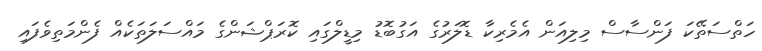
ހަތްސަތޭކަ ފަންސާސް މިލިއަން އެމެރިކާ ޑޮލަރުގެ އަގުބޮޑު މިޑީލްގައި ކޮރަޕްޝަންގެ މައްސަލަތަކެއް ފެންމަތިވެފައި